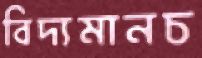
বিদ্যমানচ